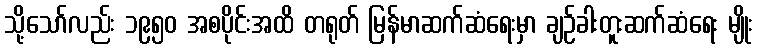
သို့သော်လည်း ၁၉၅၀ အစပိုင်းအထိ တရုတ် မြန်မာဆက်ဆံရေးမှာ ချဉ်ခါးတူးဆက်ဆံရေး မျိုး